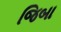
જિબા